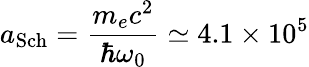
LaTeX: a_{\mathrm{Sch}}=\frac{m_{e}c^{2}}{\hbar\omega_{0}}\simeq 4.1\times 10^{5}